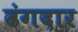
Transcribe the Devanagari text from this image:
ढंगदार